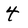
Character: 4